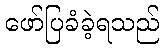
ဖော်ပြခံခဲ့ရသည်